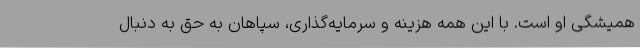
همیشگی او است. با این همه هزینه و سرمایه‌گذاری، سپاهان به حق به دنبال